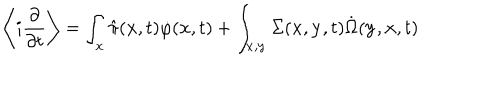
\left\langle i \frac { \partial } { \partial t } \right\rangle = \int _ { \bf x } \hat { \pi } ( { \bf x } , t ) \dot { \varphi } ( { \bf x } , t ) + \int _ { \bf x , y } \Sigma ( { \bf x } , { \bf y } , t ) \dot { \Omega } ( { \bf y } , { \bf x } , t )